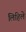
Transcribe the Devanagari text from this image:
लिहिलेे